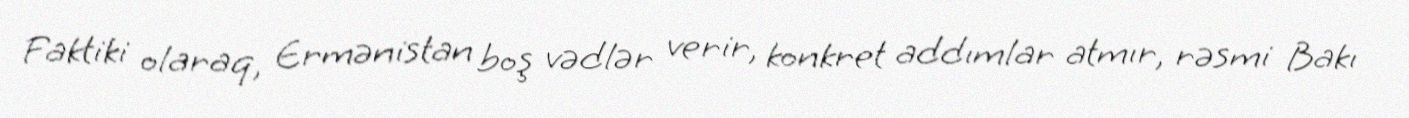
Faktiki olaraq, Ermənistan boş vədlər verir, konkret addımlar atmır, rəsmi Bakı